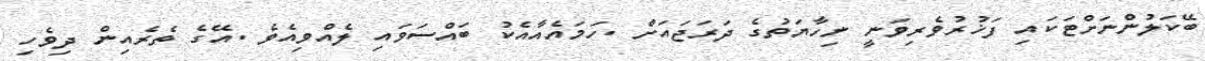
ބޭކަލުންނަށްޓަކައި ފަޚުރުވެރިވަނީ ނިހާޔަތުގެ ދަރަޖައަށް .ހަމައެއާއެކު ބައްސަވައި ލެއްވިއެވެ .އޭގެ ތެރެއިން ދިވެހި